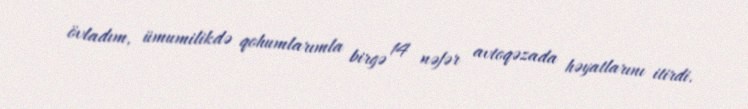
övladım, ümumilikdə qohumlarımla birgə 14 nəfər avtoqəzada həyatlarını itirdi.